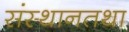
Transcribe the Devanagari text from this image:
संस्थानतथा